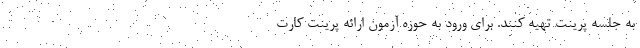
به جلسه پرینت تهیه کنند. برای ورود به حوزه آزمون ارائه پرینت کارت